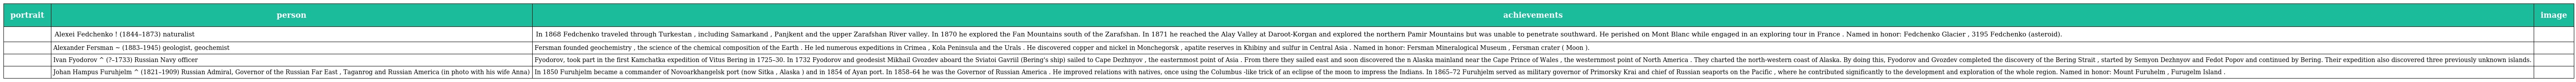
| portrait | person | achievements | image |
 | --- | --- | --- | --- |
 |  | Alexei Fedchenko ! (1844–1873) naturalist | In 1868 Fedchenko traveled through Turkestan , including Samarkand , Panjkent and the upper Zarafshan River valley. In 1870 he explored the Fan Mountains south of the Zarafshan. In 1871 he reached the Alay Valley at Daroot-Korgan and explored the northern Pamir Mountains but was unable to penetrate southward. He perished on Mont Blanc while engaged in an exploring tour in France . Named in honor: Fedchenko Glacier , 3195 Fedchenko (asteroid). |  |
 |  | Alexander Fersman ~ (1883–1945) geologist, geochemist | Fersman founded geochemistry , the science of the chemical composition of the Earth . He led numerous expeditions in Crimea , Kola Peninsula and the Urals . He discovered copper and nickel in Monchegorsk , apatite reserves in Khibiny and sulfur in Central Asia . Named in honor: Fersman Mineralogical Museum , Fersman crater ( Moon ). |  |
 |  | Ivan Fyodorov ^ (?–1733) Russian Navy officer | Fyodorov, took part in the first Kamchatka expedition of Vitus Bering in 1725–30. In 1732 Fyodorov and geodesist Mikhail Gvozdev aboard the Sviatoi Gavriil (Bering's ship) sailed to Cape Dezhnyov , the easternmost point of Asia . From there they sailed east and soon discovered the n Alaska mainland near the Cape Prince of Wales , the westernmost point of North America . They charted the north-western coast of Alaska. By doing this, Fyodorov and Gvozdev completed the discovery of the Bering Strait , started by Semyon Dezhnyov and Fedot Popov and continued by Bering. Their expedition also discovered three previously unknown islands. |  |
 |  | Johan Hampus Furuhjelm ^ (1821–1909) Russian Admiral, Governor of the Russian Far East , Taganrog and Russian America (in photo with his wife Anna) | In 1850 Furuhjelm became a commander of Novoarkhangelsk port (now Sitka , Alaska ) and in 1854 of Ayan port. In 1858–64 he was the Governor of Russian America . He improved relations with natives, once using the Columbus -like trick of an eclipse of the moon to impress the Indians. In 1865–72 Furuhjelm served as military governor of Primorsky Krai and chief of Russian seaports on the Pacific , where he contributed significantly to the development and exploration of the whole region. Named in honor: Mount Furuhelm , Furugelm Island . |  |